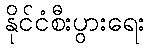
နိုင်ငံစီးပွားရေး